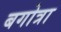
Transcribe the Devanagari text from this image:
बगोत्रा